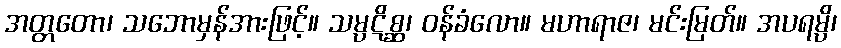
အတ္တတော၊ သဘောမှန်အားဖြင့်။ သမ္ပဋိစ္ဆ၊ ဝန်ခံလော။ မဟာရာဇ၊ မင်းမြတ်။ အပရမ္ပိ၊